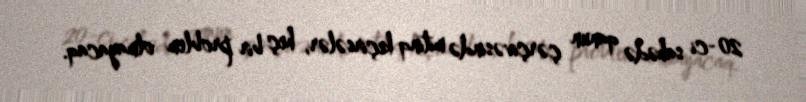
20-ci sahədə qanun çərçivəsində mitinq keçirsələr, heç bir problem olmayacaq.